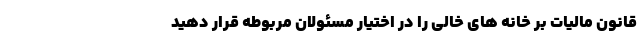
قانون مالیات بر خانه های خالی را در اختیار مسئولان مربوطه قرار دهید